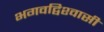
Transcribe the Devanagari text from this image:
भगवद्विश्‍वासी